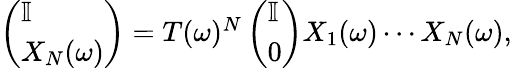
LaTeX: \begin{array}{r}{\left(\begin{array}{l}{\mathbb{I}}\\ {X_{N}(\omega)}\end{array}\right)=T(\omega)^{N}\left(\begin{array}{l}{\mathbb{I}}\\ {0}\end{array}\right)X_{1}(\omega)\cdots X_{N}(\omega),}\end{array}